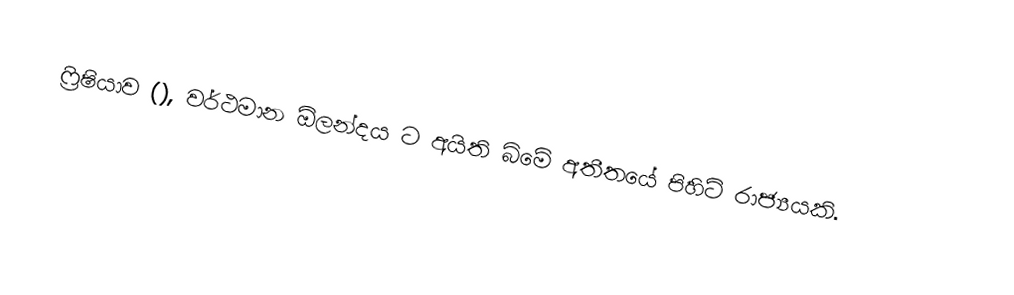
ෆ්‍රිෂියාව (), වර්ථමාන ඕලන්දය ට අයිති බිමේ අතීතයේ පිහිටි රාජ්‍යයකි.